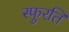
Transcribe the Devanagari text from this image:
स्फुरति